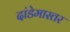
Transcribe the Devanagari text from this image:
दांडेमास्तर